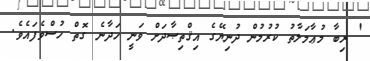
' ރިބާ މުޢާމަލާތު ކުރުމުން ދުނިޔޭގެ އިޤްތިޞާދަށް ވަނީ ހަދާނެ ގޮތް ހުސްވެފައެވެ.